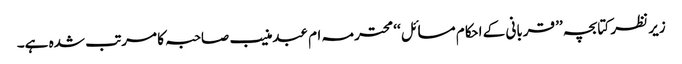
زیر نظر کتابچہ ’’ قربانی کے احکام مسائل ‘‘ محترمہ ام عبدمنیب صاحبہ کا مرتب شدہ ہے۔